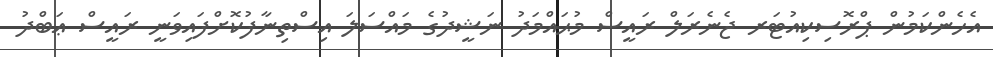
އެހެންކަމުން ޕްރޮސިކިއުޓަރ ޖެނެރަލް ރައީސް މުޙައްމަދު ނަޝީދުގެ މައްސަލަ އިސްތިނާފުކޮށްފައިވަނީ ރައީސް ޢަބްދު